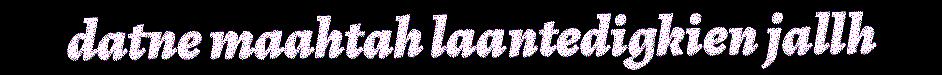
datne maahtah laantedigkien jallh